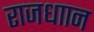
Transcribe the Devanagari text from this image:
राजधाान